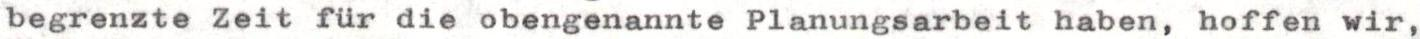
begrenzte Zeit für die obengenannte Planungsarbeit haben, hoffen wir,